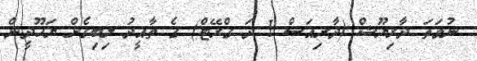
ނުވަތަ ދާރިޔޫޝް (ދާރިއަސް 1 ދަ ގްރޭޓް) ގެ ތާއީދު ލިބިގެން ޔަހޫދީން